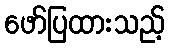
ဖော်ပြထားသည့်